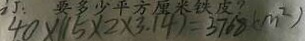
4 0 \times ( 1 5 \times 2 \times 3 . 1 4 ) = 3 7 6 8 ( m ^ { 2 } )